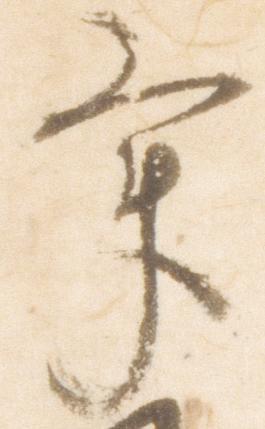
畢